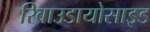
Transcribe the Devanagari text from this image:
रिबाउडायोसाइड